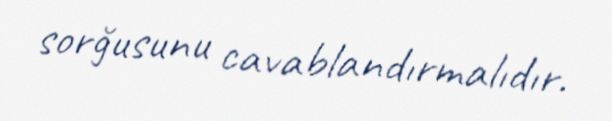
sorğusunu cavablandırmalıdır.